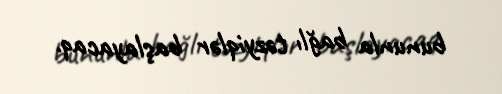
bununla bağlı təzyiqlər başlayacaq.